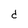
Character: d